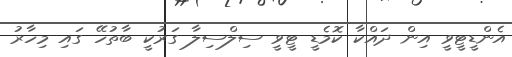
އެންޑީޓީވީ އިން ދައްކާ ކޮމެޑީ ޓީވީ ސިލްސިލާ ގަރުކީ ބާތުހޭ ގައި މިހާރު